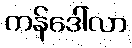
ကန်ဒေါ်လာ